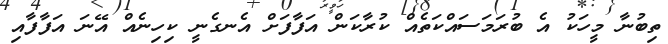
ތިބުނާ މީހަކު އެ ބުރަމަސައްކަތެއް ކުރާކަން އަފާފަށް އެނގެނީ ކިހިނެއް އޭނަ އަފާފާއި